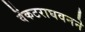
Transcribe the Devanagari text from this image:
वेंकटराघवनने